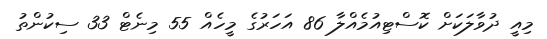
މިއީ ދުވާލަކަށް ކޮސްޓިއުމެއްލާ 86 އަހަރުގެ މީހެއް 55 މިނެޓް 33 ސިކުންތު